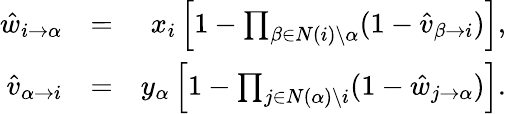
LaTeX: \begin{array}{rlr}{\hat{w}_{i\rightarrow\alpha}}&{=}&{x_{i}\left[1-\prod_{\beta\in N(i)\setminus\alpha}(1-\hat{v}_{\beta\rightarrow i})\right],}\\ {\hat{v}_{\alpha\rightarrow i}}&{=}&{y_{\alpha}\left[1-\prod_{j\in N(\alpha)\setminus i}(1-\hat{w}_{j\rightarrow\alpha})\right].}\end{array}